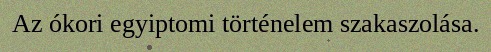
Az ókori egyiptomi történelem szakaszolása.